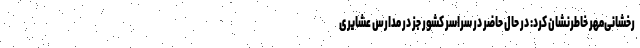
رخشانی‌مهر خاطرنشان کرد: در حال حاضر در سراسر کشور جز در مدارس عشایری